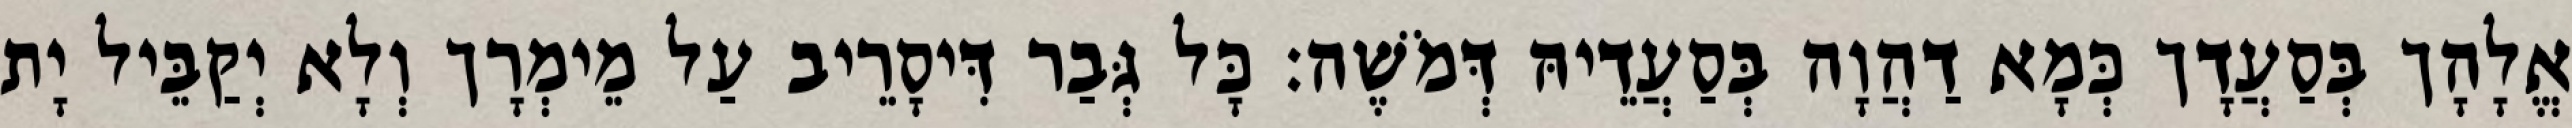
אֱלָהָך בְּסַעֲדָך כְּמָא דַהֲוָה בְּסַעֲדֵיהּ דְּמֹשֶׁה׃ כָּל גְּבַר דִּיסָרֵיב עַל מֵימְרָך וְלָא יְקַבֵּיל יָת